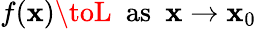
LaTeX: f(\mathbf{x})\toL\ \ {\mathrm{{as}}}\ \ \mathbf{x}\to\mathbf{x}_{0}